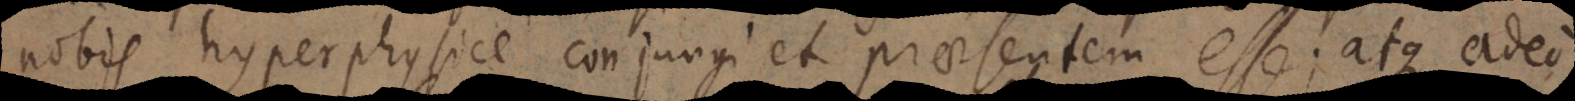
nobis hyperphysice conjungi et praesentem esse; atque adeo